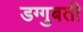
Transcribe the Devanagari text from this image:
डग्गुबती